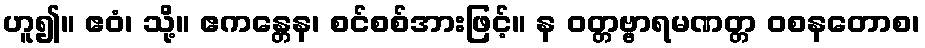
ဟူ၍။ ဧဝံ၊ သို့။ ဧကန္တေန၊ စင်စစ်အားဖြင့်။ န ဝတ္တဗ္ဗာရမဏတ္တ ဝစနတောစ၊